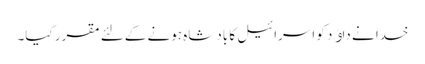
خدا نے داﺅد کو اسرائیل کا بادشاہ ہونے کےلئے مقرر کیا۔